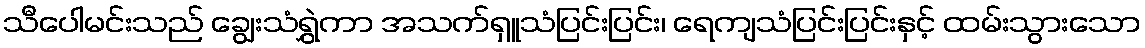
သီပေါမင်းသည် ချွေးသံရွှဲကာ အသက်ရှူသံပြင်းပြင်း၊ ရေကျသံပြင်းပြင်းနှင့် ထမ်းသွားသော